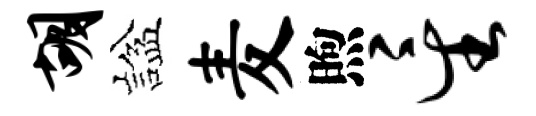
胡諡麦煦星